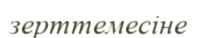
зерттемесіне